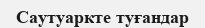
Саутуаркте туғандар